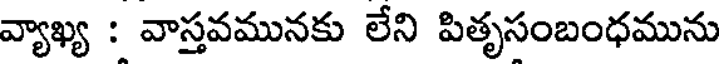
వ్యాఖ్య : వాస్తవమునకు లేని పితృసంబంధమును